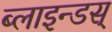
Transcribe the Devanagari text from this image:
ब्लाइन्डस्